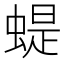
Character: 蝭